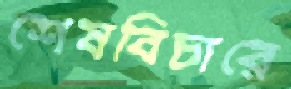
শেষবিচারে